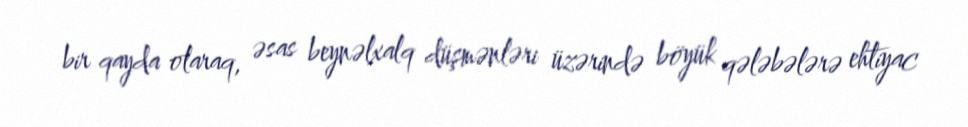
bir qayda olaraq, əsas beynəlxalq düşmənləri üzərində böyük qələbələrə ehtiyac